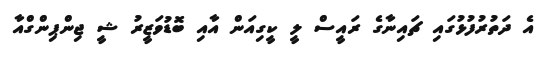
އެ ދަތުރުފުޅުގައި ޗައިނާގެ ރައީސް ލީ ކީގިއަން އާއި ބޮޑުވަޒީރު ޝީ ޖިންޕިންގްއާ